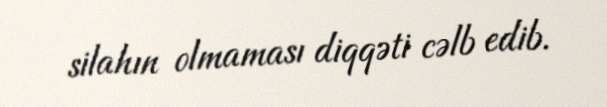
silahın olmaması diqqəti cəlb edib.